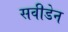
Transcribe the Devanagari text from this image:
सवीडेन